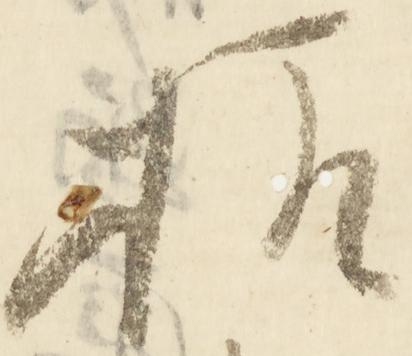
様